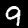
Label: 9